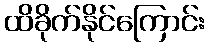
ထိခိုက်နိုင်ကြောင်း